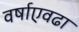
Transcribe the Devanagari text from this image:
वर्षाएवढा